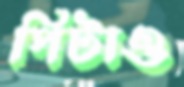
পিটাও